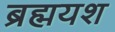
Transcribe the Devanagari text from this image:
ब्रह्मयश